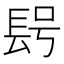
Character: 𨱭